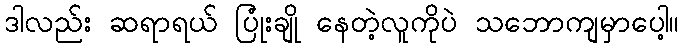
ဒါလည်း ဆရာရယ် ပြုံးချို နေတဲ့လူကိုပဲ သဘောကျမှာပေါ့။